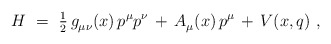
\begin{align*} H~=~{\textstyle \frac{1}{2}} \, g_{\mu\nu}^{}(x) \, p^\mu p^\nu \, + \, A_\mu^{}(x) \, p^\mu \, + \, V(x,q)~, \end{align*}